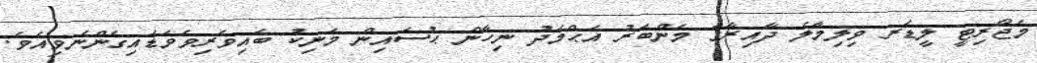
މެޖޯރިޓީ ލީޑަރ ވިލިމާލެ ދާއިރާގެ މެންބަރު އަޙްމަދު ނިހާން ޙުސައިން މަނިކު ބައިވެރިވެވަޑައިގެންނެވިއެވެ.